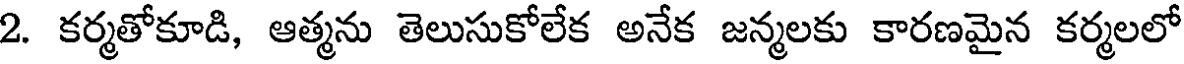
2. కర్మతోకూడి, ఆత్మను తెలుసుకోలేక అనేక జన్మలకు కారణమైన కర్మలలో